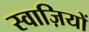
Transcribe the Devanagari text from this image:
स्वाज़ियों